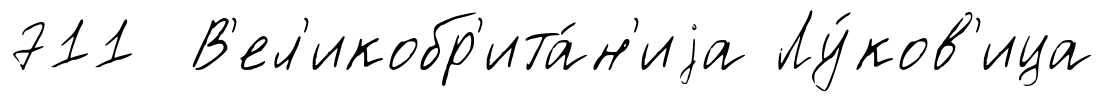
711 В'ел'икобр'ита́н'иjа Лу́ков'ица